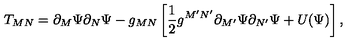
T _ { M N } = \partial _ { M } \Psi \partial _ { N } \Psi - g _ { M N } \left[ \frac { 1 } { 2 } g ^ { M ^ { \prime } N ^ { \prime } } \partial _ { M ^ { \prime } } \Psi \partial _ { N ^ { \prime } } \Psi + U ( \Psi ) \right] ,